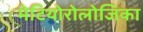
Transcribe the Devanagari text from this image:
मेटियोरोलोजिका